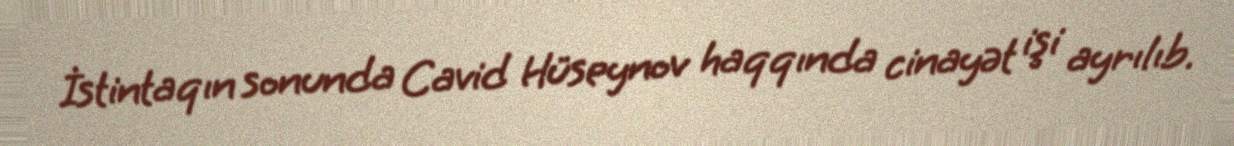
İstintaqın sonunda Cavid Hüseynov haqqında cinayət işi ayrılıb.